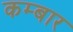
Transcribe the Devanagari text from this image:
कम्बार